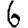
Digit: 6